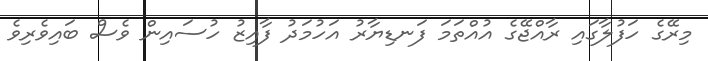
މިރޭގެ ހަފުލާގައި ރާއްޖޭގެ އުއްތަމަ ފަނޑިޔާރު އަހުމަދު ފާއިޒު ހުސައިން ވެސް ބައިވެރިވެ